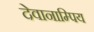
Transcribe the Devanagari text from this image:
देवानाम्पिय